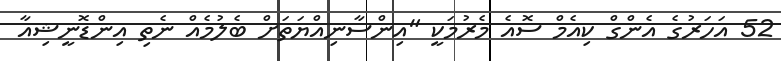
52 އަހަރުގެ އެންގް ކިއެމް ސޮއެ މެރުމަކީ "އިންސާނިއްޔަތަށް ބެލުމެއް ނެތި އިންޑޮނީޝިއާ